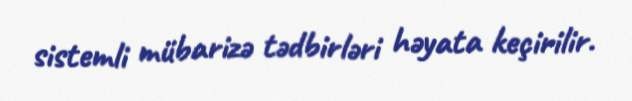
sistemli mübarizə tədbirləri həyata keçirilir.